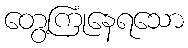
တွေ့ကြုံနေရသော